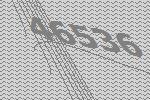
46536